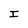
Character: I